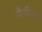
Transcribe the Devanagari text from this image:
नैनीज